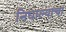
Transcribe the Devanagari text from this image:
निघाल्याचा